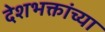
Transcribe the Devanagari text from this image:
देशभक्तांच्या